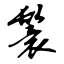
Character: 鬟